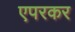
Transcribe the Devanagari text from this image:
एपरकर